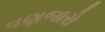
વણજારો